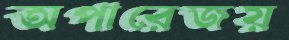
অপারেজয়